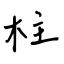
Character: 柱